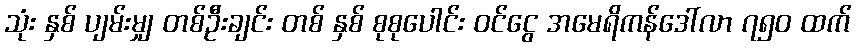
သုံး နှစ် ပျမ်းမျှ တစ်ဦးချင်း တစ် နှစ် စုစုပေါင်း ဝင်ငွေ အမေရိကန်ဒေါ်လာ ၇၅၀ ထက်